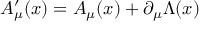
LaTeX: A _ { \mu } ^ { \prime } ( x ) = A _ { \mu } ( x ) + \partial _ { \mu } \Lambda ( x )